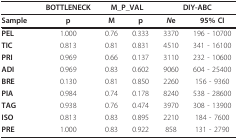
<table><thead><tr><td></td><td><b>BOTTLENECK</b></td><td colspan="2"><b>M_P_VAL</b></td><td colspan="2"><b>DIY-ABC</b></td></tr></thead><tbody><tr><td><b>Sample</b></td><td><b>p</b></td><td><b>M</b></td><td><b>p</b></td><td><b><i>N</i>e</b></td><td><b>95% CI</b></td></tr><tr><td><b>PEL</b></td><td>1.000</td><td>0.76</td><td>0.333</td><td>3370</td><td>196 - 10700</td></tr><tr><td><b>TIC</b></td><td>0.813</td><td>0.81</td><td>0.831</td><td>4510</td><td>341 - 16100</td></tr><tr><td><b>PRI</b></td><td>0.969</td><td>0.66</td><td>0.137</td><td>3110</td><td>232 - 10600</td></tr><tr><td><b>ADI</b></td><td>0.969</td><td>0.83</td><td>0.602</td><td>9060</td><td>604 - 25400</td></tr><tr><td><b>BRE</b></td><td>0.130</td><td>0.81</td><td>0.850</td><td>2260</td><td>156 - 9360</td></tr><tr><td><b>PIA</b></td><td>0.984</td><td>0.74</td><td>0.178</td><td>8240</td><td>538 - 28600</td></tr><tr><td><b>TAG</b></td><td>0.938</td><td>0.76</td><td>0.474</td><td>3970</td><td>308 - 13900</td></tr><tr><td><b>ISO</b></td><td>0.813</td><td>0.83</td><td>0.895</td><td>2210</td><td>184 - 7600</td></tr><tr><td><b>PRE</b></td><td>1.000</td><td>0.83</td><td>0.922</td><td>858</td><td>131 - 2790</td></tr></tbody></table>